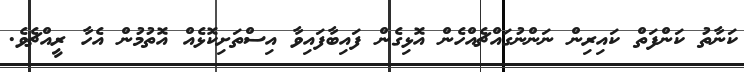
ކަނާތު ކަންފަތް ކައިރިން ނަންނުގައްޗެއްހެން އޮޅިގެން ފައިބާފައިވާ އިސްތަށިކޮޅެއް އޮތުމުން އެހާ ރީއްޗެވެ.